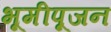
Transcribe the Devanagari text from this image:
भूमीपूजन